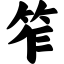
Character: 笮